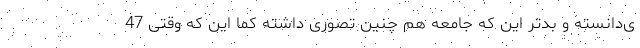
ی‌دانسته و بدتر این که جامعه هم چنین تصوری داشته کما این که وقتی 47